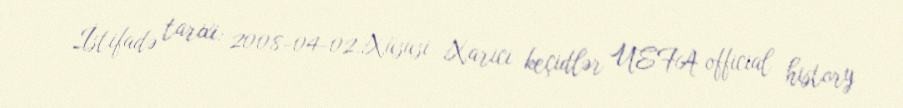
İstifadə tarixi: 2008-04-02.Xüsusi Xarici keçidlər UEFA official history